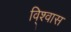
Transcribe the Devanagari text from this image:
वि्श्वास